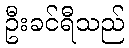
ဦးခင်ရီသည်